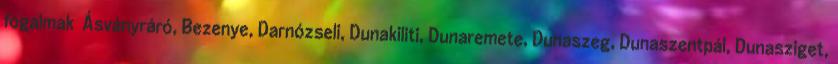
fogalmak ▪Ásványráró, Bezenye, Darnózseli, Dunakiliti, Dunaremete, Dunaszeg, Dunaszentpál, Dunasziget,